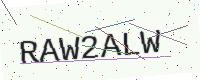
Text: RAW2ALW